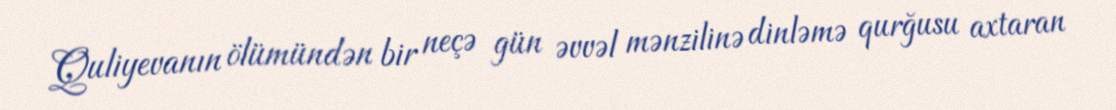
Quliyevanın ölümündən bir neçə gün əvvəl mənzilinə dinləmə qurğusu axtaran